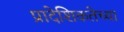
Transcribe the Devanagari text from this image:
प्रादेशिकतेच्या